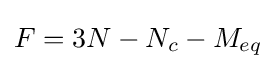
F=3N-N_{c}-M_{eq}